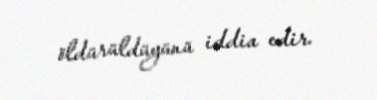
öldürüldüyünü iddia edir.